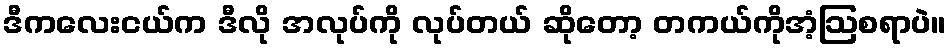
ဒီကလေးငယ်က ဒီလို အလုပ်ကို လုပ်တယ် ဆိုတော့ တကယ်ကိုအံ့ဩစရာပဲ။